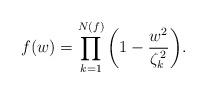
LaTeX: \begin{align*}f(w)=\prod_{k=1}^{N(f)}\left(1-\frac{w^{2}}{\zeta_{k}^{\,2}}\right)\!.\end{align*}